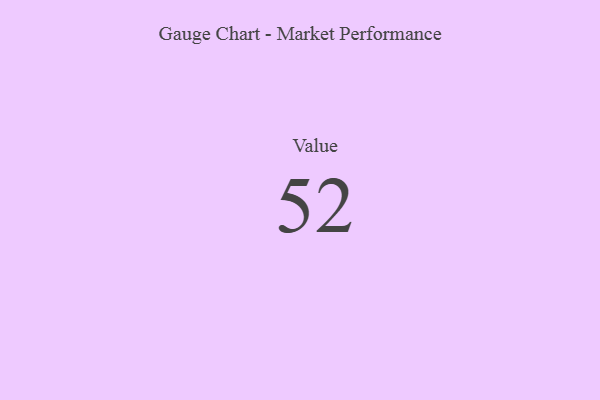
{"axis": {"x": "Metric", "y": "Value"}, "legend": [""], "data": [{"x": "Value", "y": 52, "type": ""}]}